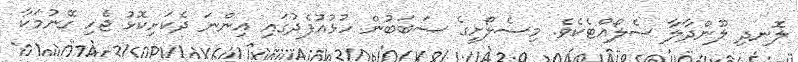
ލޮނދި ލޫންދާލާ ސެލޯއްޓެކެވެ. މިސެލޯށީގެ ސަބަބުން ހުޅުއުފެދުގައި އިންނަ ދެކަށިކޮޅު ޖެހި ގޭނުމަކާ